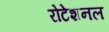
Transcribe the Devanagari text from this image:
रोटेशनल